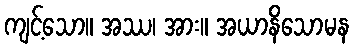
ကျင့်သော။ အဿ၊ အား။ အယာနိသောမန